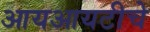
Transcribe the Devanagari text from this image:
आयआयटीचे